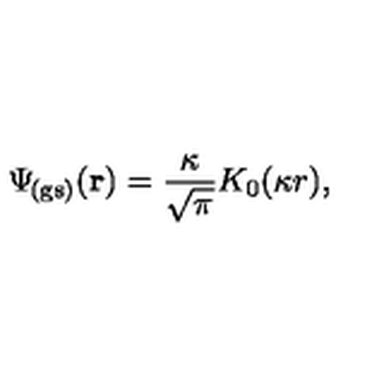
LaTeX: \Psi _ { \! \mathrm { ( g s ) } } ( { \bf r } ) = \frac { \kappa } { \sqrt { \pi } } K _ { 0 } ( \kappa r ) ,